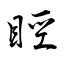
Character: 䀴